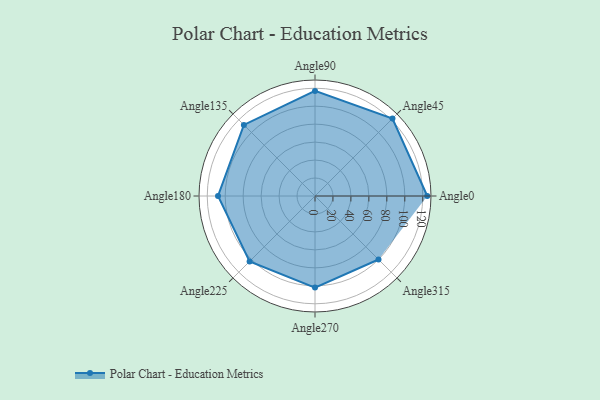
{"axis": {"x": "Angle", "y": "Radius"}, "legend": [""], "data": [{"x": "Angle0", "y": 125.0, "type": ""}, {"x": "Angle45", "y": 122.0, "type": ""}, {"x": "Angle90", "y": 117.0, "type": ""}, {"x": "Angle135", "y": 112.0, "type": ""}, {"x": "Angle180", "y": 108.0, "type": ""}, {"x": "Angle225", "y": 103.0, "type": ""}, {"x": "Angle270", "y": 102.0, "type": ""}, {"x": "Angle315", "y": 100.0, "type": ""}]}